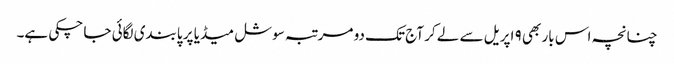
چنانچہ اس بار بھی ۹ اپریل سے لے کر آج تک دو مرتبہ سوشل میڈیا پر پابندی لگائی جا چکی ہے۔